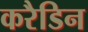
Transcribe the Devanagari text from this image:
करैडिन